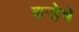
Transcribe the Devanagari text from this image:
कऱ्हेचे